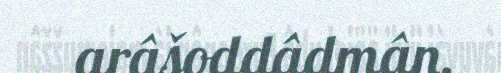
arâšoddâdmân.